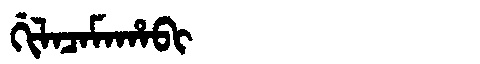
Manchu: ᡤᡳᠯᠠᠴᠠᠮᠠᡥᠠᠪᡳ
Romanization: GILACAMAHABI